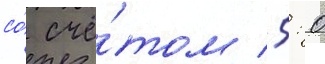
со́ счё́том 5: 0